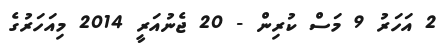
2 އަހަރު 9 މަސް ކުރިން - 20 ޖެނުއަރީ 2014 މިއަހަރުގެ